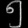
Digit: ၅